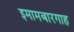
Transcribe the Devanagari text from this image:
इमामबारगाह